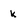
Character: k